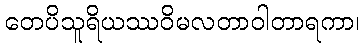
တေပိသူရိယဿဝိမလတာဝါတာရကာ၊